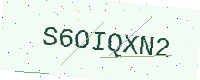
Text: S6OIQXN2